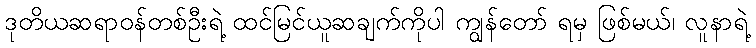
ဒုတိယဆရာဝန်တစ်ဦးရဲ့ ထင်မြင်ယူဆချက်ကိုပါ ကျွန်တော် ရမှ ဖြစ်မယ်၊ လူနာရဲ့